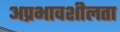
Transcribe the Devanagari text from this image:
अप्रभावशीलता